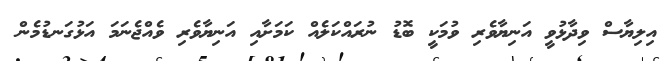
އިލިޔާސް ވިދާޅުވީ އަނިޔާވެރި ވުމަކީ ބޮޑު ނުރައްކަލެއް ކަމަށާއި އަނިޔާވެރި ވެއްޖެނަމަ އަޅުގަނޑުމެން